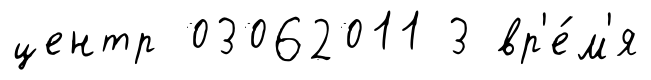
центр 03062011 3 вр'е́м'я